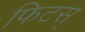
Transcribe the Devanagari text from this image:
फिटस्‌